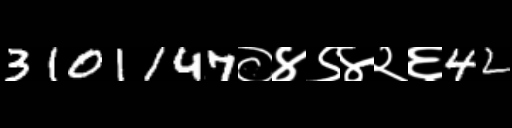
Text: 3101147०४९४२६42